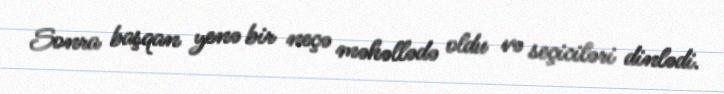
Sonra başqan yenə bir neçə məhəllədə oldu və seçiciləri dinlədi.